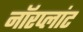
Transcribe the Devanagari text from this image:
नॉरप्लांट